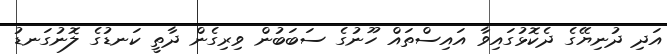
އަދި ދުނިޔޭގެ ދެކޮޅުގައިވާ އައިސްތައް ހޫނުގެ ސަބަބުން ވިރިގެން ދާތީ ކަނޑުގެ ލޮނުގަނޑު